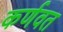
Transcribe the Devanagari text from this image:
कर्णवत